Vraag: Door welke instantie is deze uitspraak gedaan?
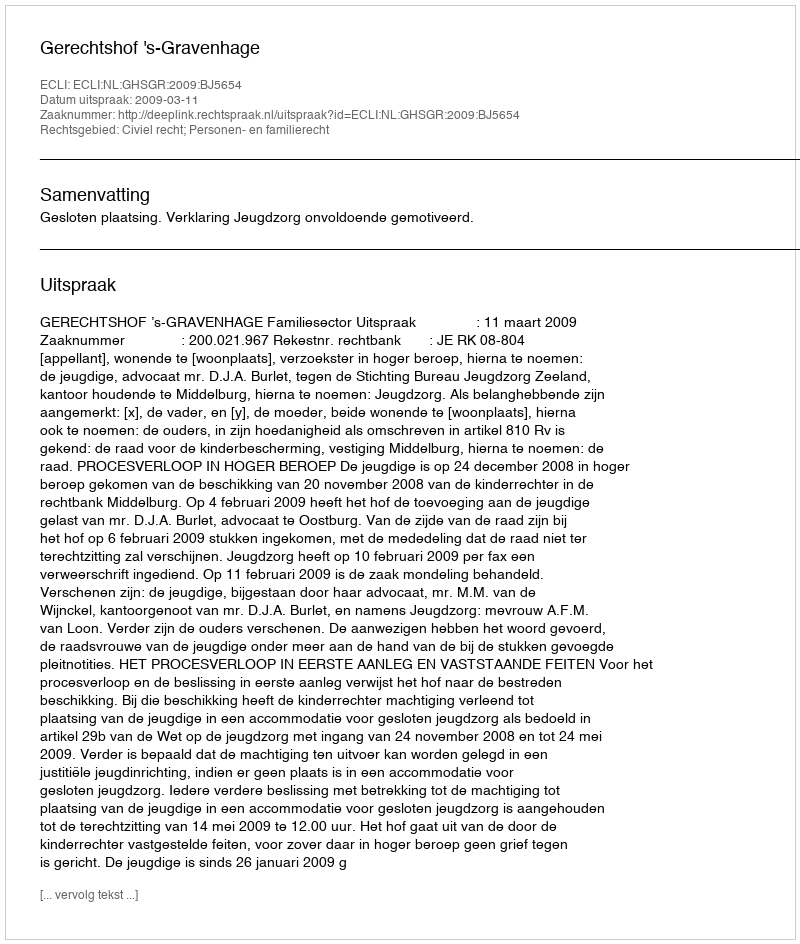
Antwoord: Gerechtshof 's-Gravenhage